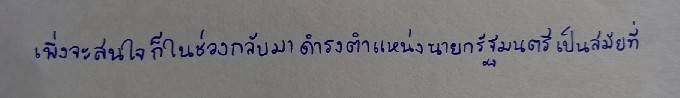
เพิ่งจะสนใจก็ในช่วงกลับมาดำรงตำแหน่งนายกรัฐมนตรีเป็นสมัยที่